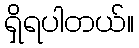
ရှိရပါတယ်။